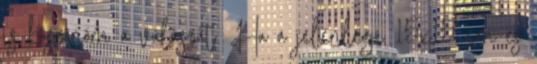
is köszönöm a válaszát. Ha a jelenlegi 15x15 cm-es